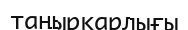
таңырқарлығы